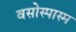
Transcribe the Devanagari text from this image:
वसोस्पास्म